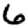
Digit: 6